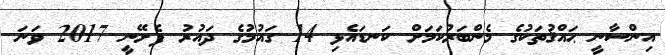
އިންސާނީ ޙައްޤުތަކުގެ މެންބަރުކަމަށް ކަނޑައެޅި 14 ގައުމުގެ ދައުރު ފެށޭނީ 2017 ވަނަ